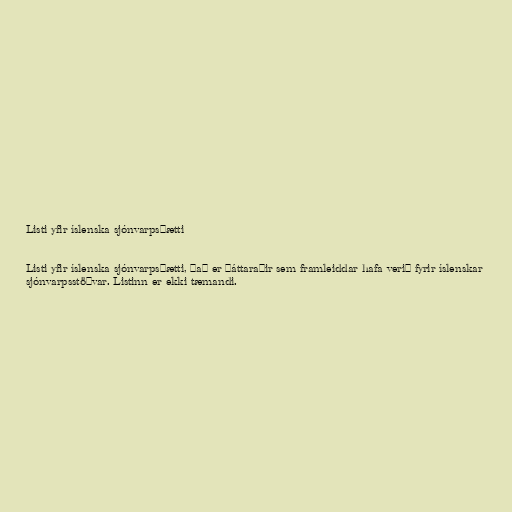
Listi yfir íslenska sjónvarpsþætti

Listi yfir íslenska sjónvarpsþætti, það er þáttaraðir sem framleiddar hafa verið fyrir íslenskar
sjónvarpsstöðvar. Listinn er ekki tæmandi.